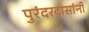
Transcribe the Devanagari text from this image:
पुरंदरदासांनी